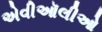
એવીઑલીઓ